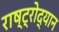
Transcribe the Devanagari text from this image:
राष्ट्रोद्यान